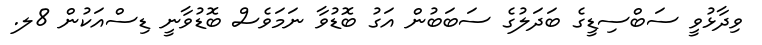
ވިދާޅުވީ ސަބްސިޑީގެ ބަދަލުގެ ސަބަބުން އަގު ބޮޑުވާ ނަމަވެސް ބޮޑުވާނީ ޑިސްއަކުން 8ލ.